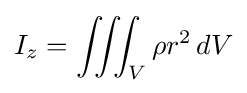
I_{z}=\iiint _{V}\rho r^{2}\,dV